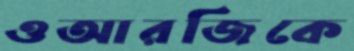
ওআরজিকে